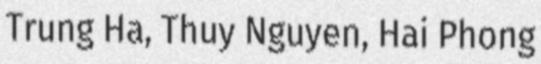
Trung Ha, Thuy Nguyen, Hai Phong